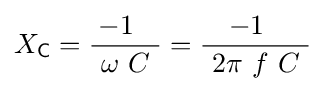
X_{\mathsf {C}}={\frac {-1\ ~}{\ \omega \ C\ }}={\frac {-1\ ~}{\ 2\pi \ f\ C\ }}~